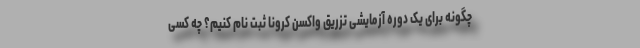
چگونه برای یک دوره آزمایشی تزریق واکسن کرونا ثبت نام کنیم؟ چه کسی